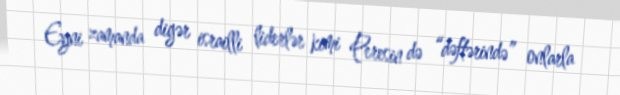
Eyni zamanda digər israilli liderlər kimi Peresin də “dəftərində” onlarla